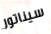
سيناتور